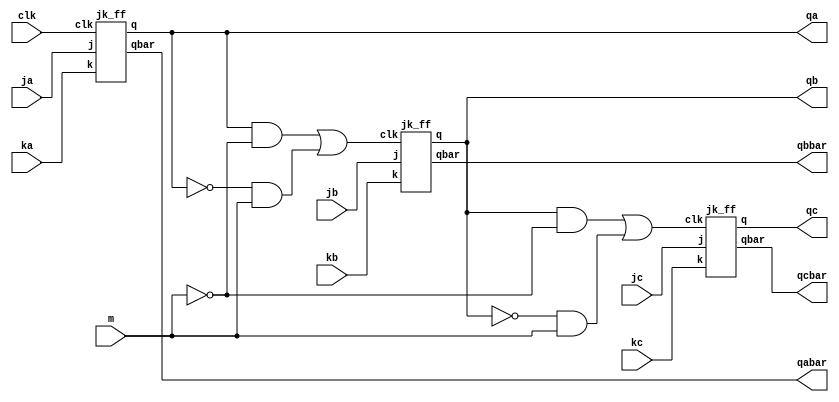
module async_up_down_counter(input clk,m,ja,ka,jb,kb,jc,kc,output qa,qb,qc,qabar,qbbar,qcbar);
wire w1,w2,w3,w4,w5,w6,w7;
assign w1 = qa & ~m;
assign w2 = ~qa & m;
assign w3 = w1 | w2;
assign w4 = qb & ~m;
assign w5 = ~qb & m;
assign w6 = w4 | w5;
jk_ff jkf1(clk,ja,ka,qa,qabar);
jk_ff jkf2(w3,jb,kb,qb,qbbar);
jk_ff jkf3(w6,jc,kc,qc,qcbar);
endmodule 

module jk_ff(input clk,j,k,output reg q,output qbar);
  always @(negedge clk) begin
      case({j,k})
		2'b00:q <= q;
		2'b01:q <= 1'b0;
		2'b10:q <= 1'b1;
		2'b11:q <= ~q;
	  endcase
  end
initial begin
q = 1'b1;
end 
assign qbar = ~q;
endmodule